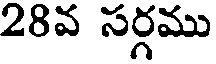
28వ సర్గము